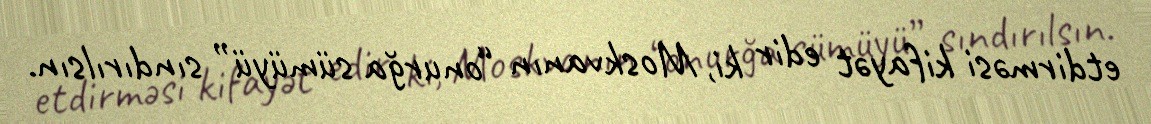
etdirməsi kifayət edir ki, Moskvanın “onurğa sümüyü” sındırılsın.